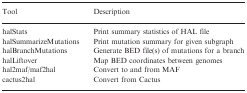
| Tool | Description |
 | --- | --- |
 | halStats | Print summary statistics of HAL file |
 | halSummarizeMutations | Print mutation summary for given subgraph |
 | halBranchMutations | Generate BED file(s) of mutations for a branch |
 | halLiftover | Map BED coordinates between genomes |
 | hal2maf/maf2hal | Convert to and from MAF |
 | cactus2hal | Convert from Cactus |